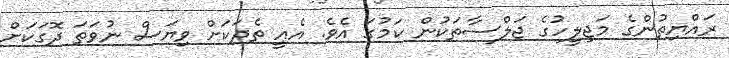
ރައްޔިތުންގެ މަޖިލީހުގެ ޖަލްސާތަކުން ކަމުގަ އެވެ. އެއީ ތެދަކަށް ވިޔަސް ނުވަތަ ދޮގަކަށް